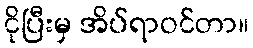
ငိုပြီးမှ အိပ်ရာဝင်တာ။